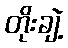
တိုးချဲ့